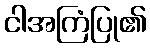
ငါအကြံပြု၏